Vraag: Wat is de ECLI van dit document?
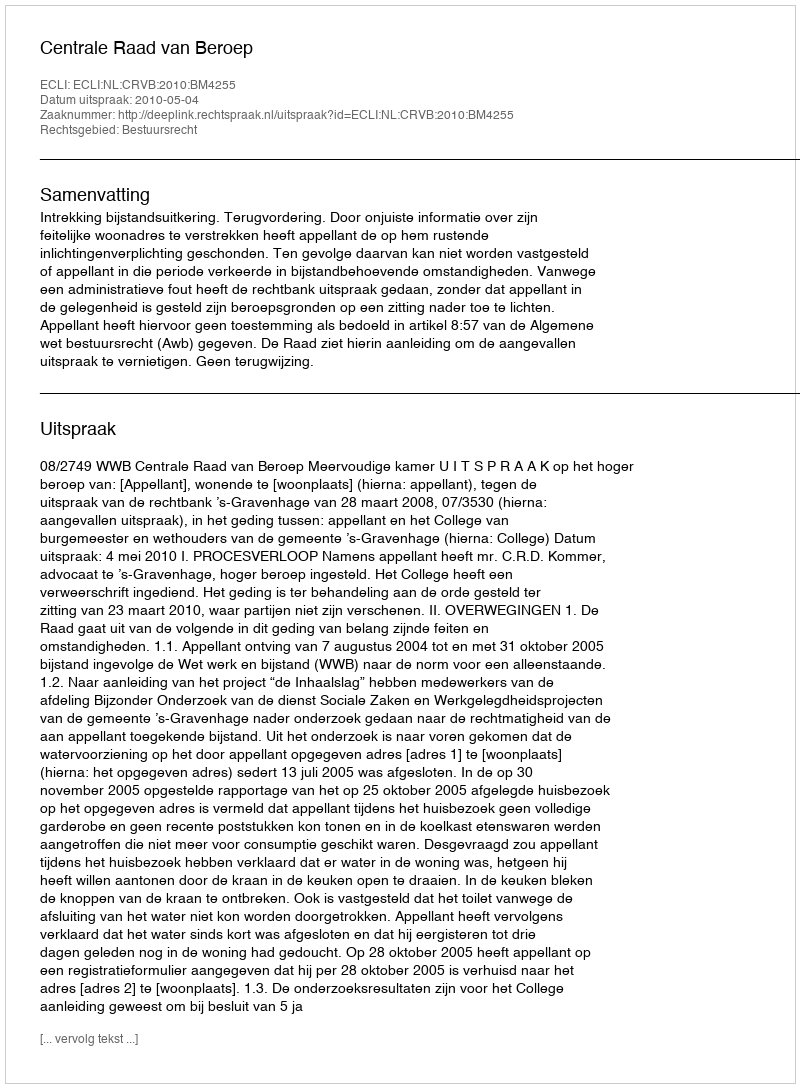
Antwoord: ECLI:NL:CRVB:2010:BM4255